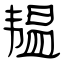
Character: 韫